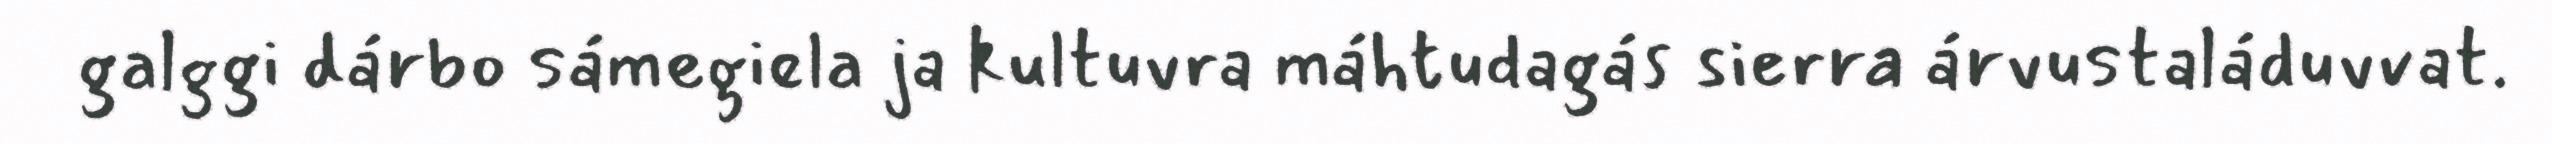
galggi dárbo sámegiela ja kultuvra máhtudagás sierra árvustaláduvvat.